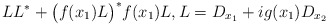
\begin{align*}LL^*+\big(f(x_1)L\big)^*f(x_1)L,L=D_{x_1}+i g(x_1)D_{x_2}\end{align*}